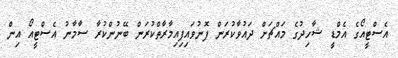
އެސްޓީއޯގެ އެމްޑީ ޝާހިދުގެ މައްޗަށް ދައުވާކުރަން ފޮނުވައިފިއިމާރާތްކުރަން ބޭނުންކުރާ ސާމާނު އެސްޓީއޯ އިން